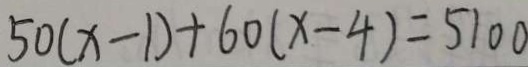
5 0 ( x - 1 ) + 6 0 ( x - 4 ) = 5 1 0 0